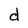
Character: d